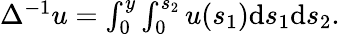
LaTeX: \begin{array}{r}{\Delta^{-1}u=\int_{0}^{y}\int_{0}^{s_{2}}u(s_{1})\mathrm{d}s_{1}\mathrm{d}s_{2}.}\end{array}